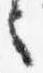
言